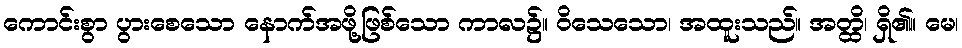
ကောင်းစွာ ပွားစေသော နောက်အဖို့ဖြစ်သော ကာလ၌။ ဝိသေသော၊ အထူးသည်။ အတ္ထိ၊ ရှိ၏။ မေ၊